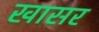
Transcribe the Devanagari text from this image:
खासर